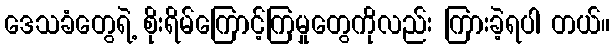
ဒေသခံတွေရဲ့ စိုးရိမ်ကြောင့်ကြမှုတွေကိုလည်း ကြားခဲ့ရပါ တယ်။